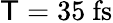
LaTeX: \mathsf{T}=35~\mathrm{{fs}}